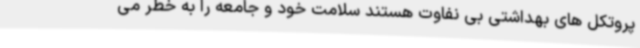
پروتکل های بهداشتی بی نفاوت هستند سلامت خود و جامعه را به خطر می